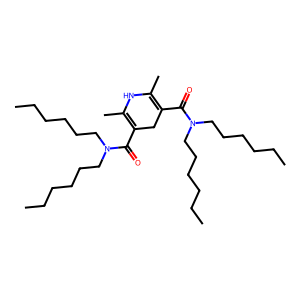
SMILES: CCCCCCN(CCCCCC)C(=O)C1=C(C)NC(C)=C(C(=O)N(CCCCCC)CCCCCC)C1
Inhibits HIV replication: No